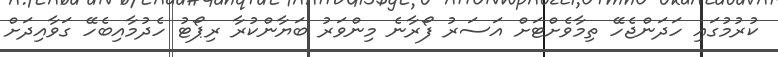
ކުރުމުގައި ހަދަންޖެހޭ ތިމާވެށްޓަށް އަސަރު ފޯރާނެ މިންވަރު ބަޔާންކުރާ ރިޕޯޓު ހެދުމާއިބެހޭ ގަވާއިދަށް